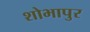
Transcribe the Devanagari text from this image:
शोभापुर